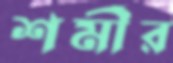
শর্মীর